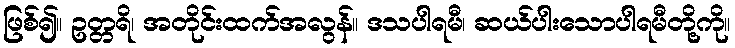
ဖြစ်၍။ ဥတ္တရိ၊ အတိုင်းထက်အလွန်။ ဒသပါရမီ၊ ဆယ်ပါးသောပါရမီတို့ကို။